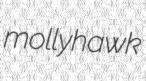
mollyhawk